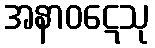
အနာဝဋေသု